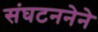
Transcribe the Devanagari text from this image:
संघटननेने